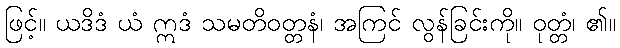
ဖြင့်။ ယဒိဒံ ယံ ဣဒံ သမတိဝတ္တနံ၊ အကြင် လွန်ခြင်းကို။ ဝုတ္တံ၊ ၏။